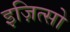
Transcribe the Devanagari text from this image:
इज़ित्सो